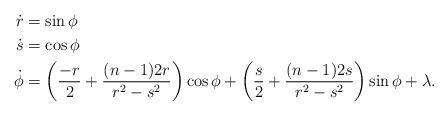
LaTeX: \begin{align*}\dot{r} &= \sin \phi\\\dot{s} &= \cos \phi\\\dot{\phi} &= \left(\frac{-r}{2} + \frac{(n-1)2r}{r^2-s^2} \right)\cos \phi + \left(\frac{s}{2} + \frac{(n-1)2s}{r^2-s^2} \right)\sin \phi + \lambda.\end{align*}